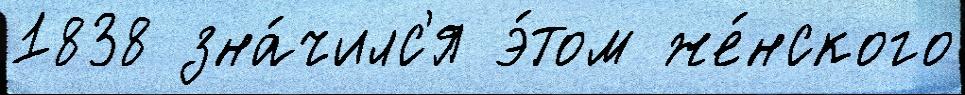
1838 зна́чилс'я э́том же́нского